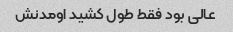
عالی بود فقط طول کشید اومدنش